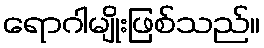
ရောဂါမျိုးဖြစ်သည်။